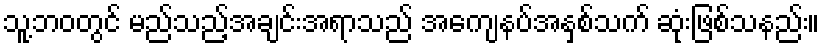
သူ့ဘဝတွင် မည်သည့်အချင်းအရာသည် အကျေနပ်အနှစ်သက် ဆုံးဖြစ်သနည်း။